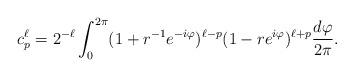
LaTeX: \begin{align*} c_p^\ell = 2^{-\ell}\int_0^{2\pi} (1+r^{-1}e^{-i\varphi})^{\ell -p}(1-r e^{i\varphi})^{\ell+p} \frac{d \varphi}{2\pi}.\end{align*}